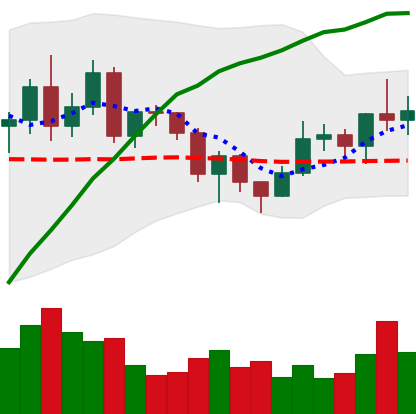
Ticker: NEO-USD
Chart end date: 2020-12-18
Forward return: -24.981%
Label: down_7plus